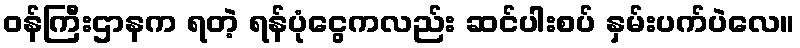
ဝန်ကြီးဌာနက ရတဲ့ ရန်ပုံငွေကလည်း ဆင်ပါးစပ် နှမ်းပက်ပဲလေ။